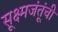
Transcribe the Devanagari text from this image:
सूक्ष्मजंतूंची